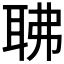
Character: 𦕚